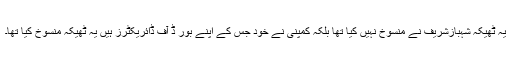
یہ ٹھیکہ شہبازشریف نے منسوخ نہیں کیا تھا بلکہ کمپنی نے خود جس کے اپنے بور ڈ آف ڈائریکٹرز ہیں یہ ٹھیکہ منسوخ کیا تھا۔